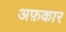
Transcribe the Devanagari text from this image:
अफ़कार